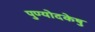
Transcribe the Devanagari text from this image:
पुण्योदकेषु